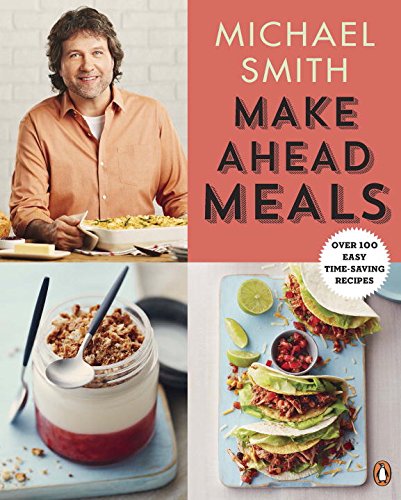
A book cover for Make Ahead Meals: Over 100 Easy Time-Saving Recipes; Michael Smith; Cookbooks, Food & Wine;